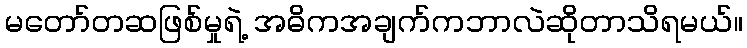
မတော်တဆဖြစ်မှုရဲ့ အဓိကအချက်ကဘာလဲဆိုတာသိရမယ်။